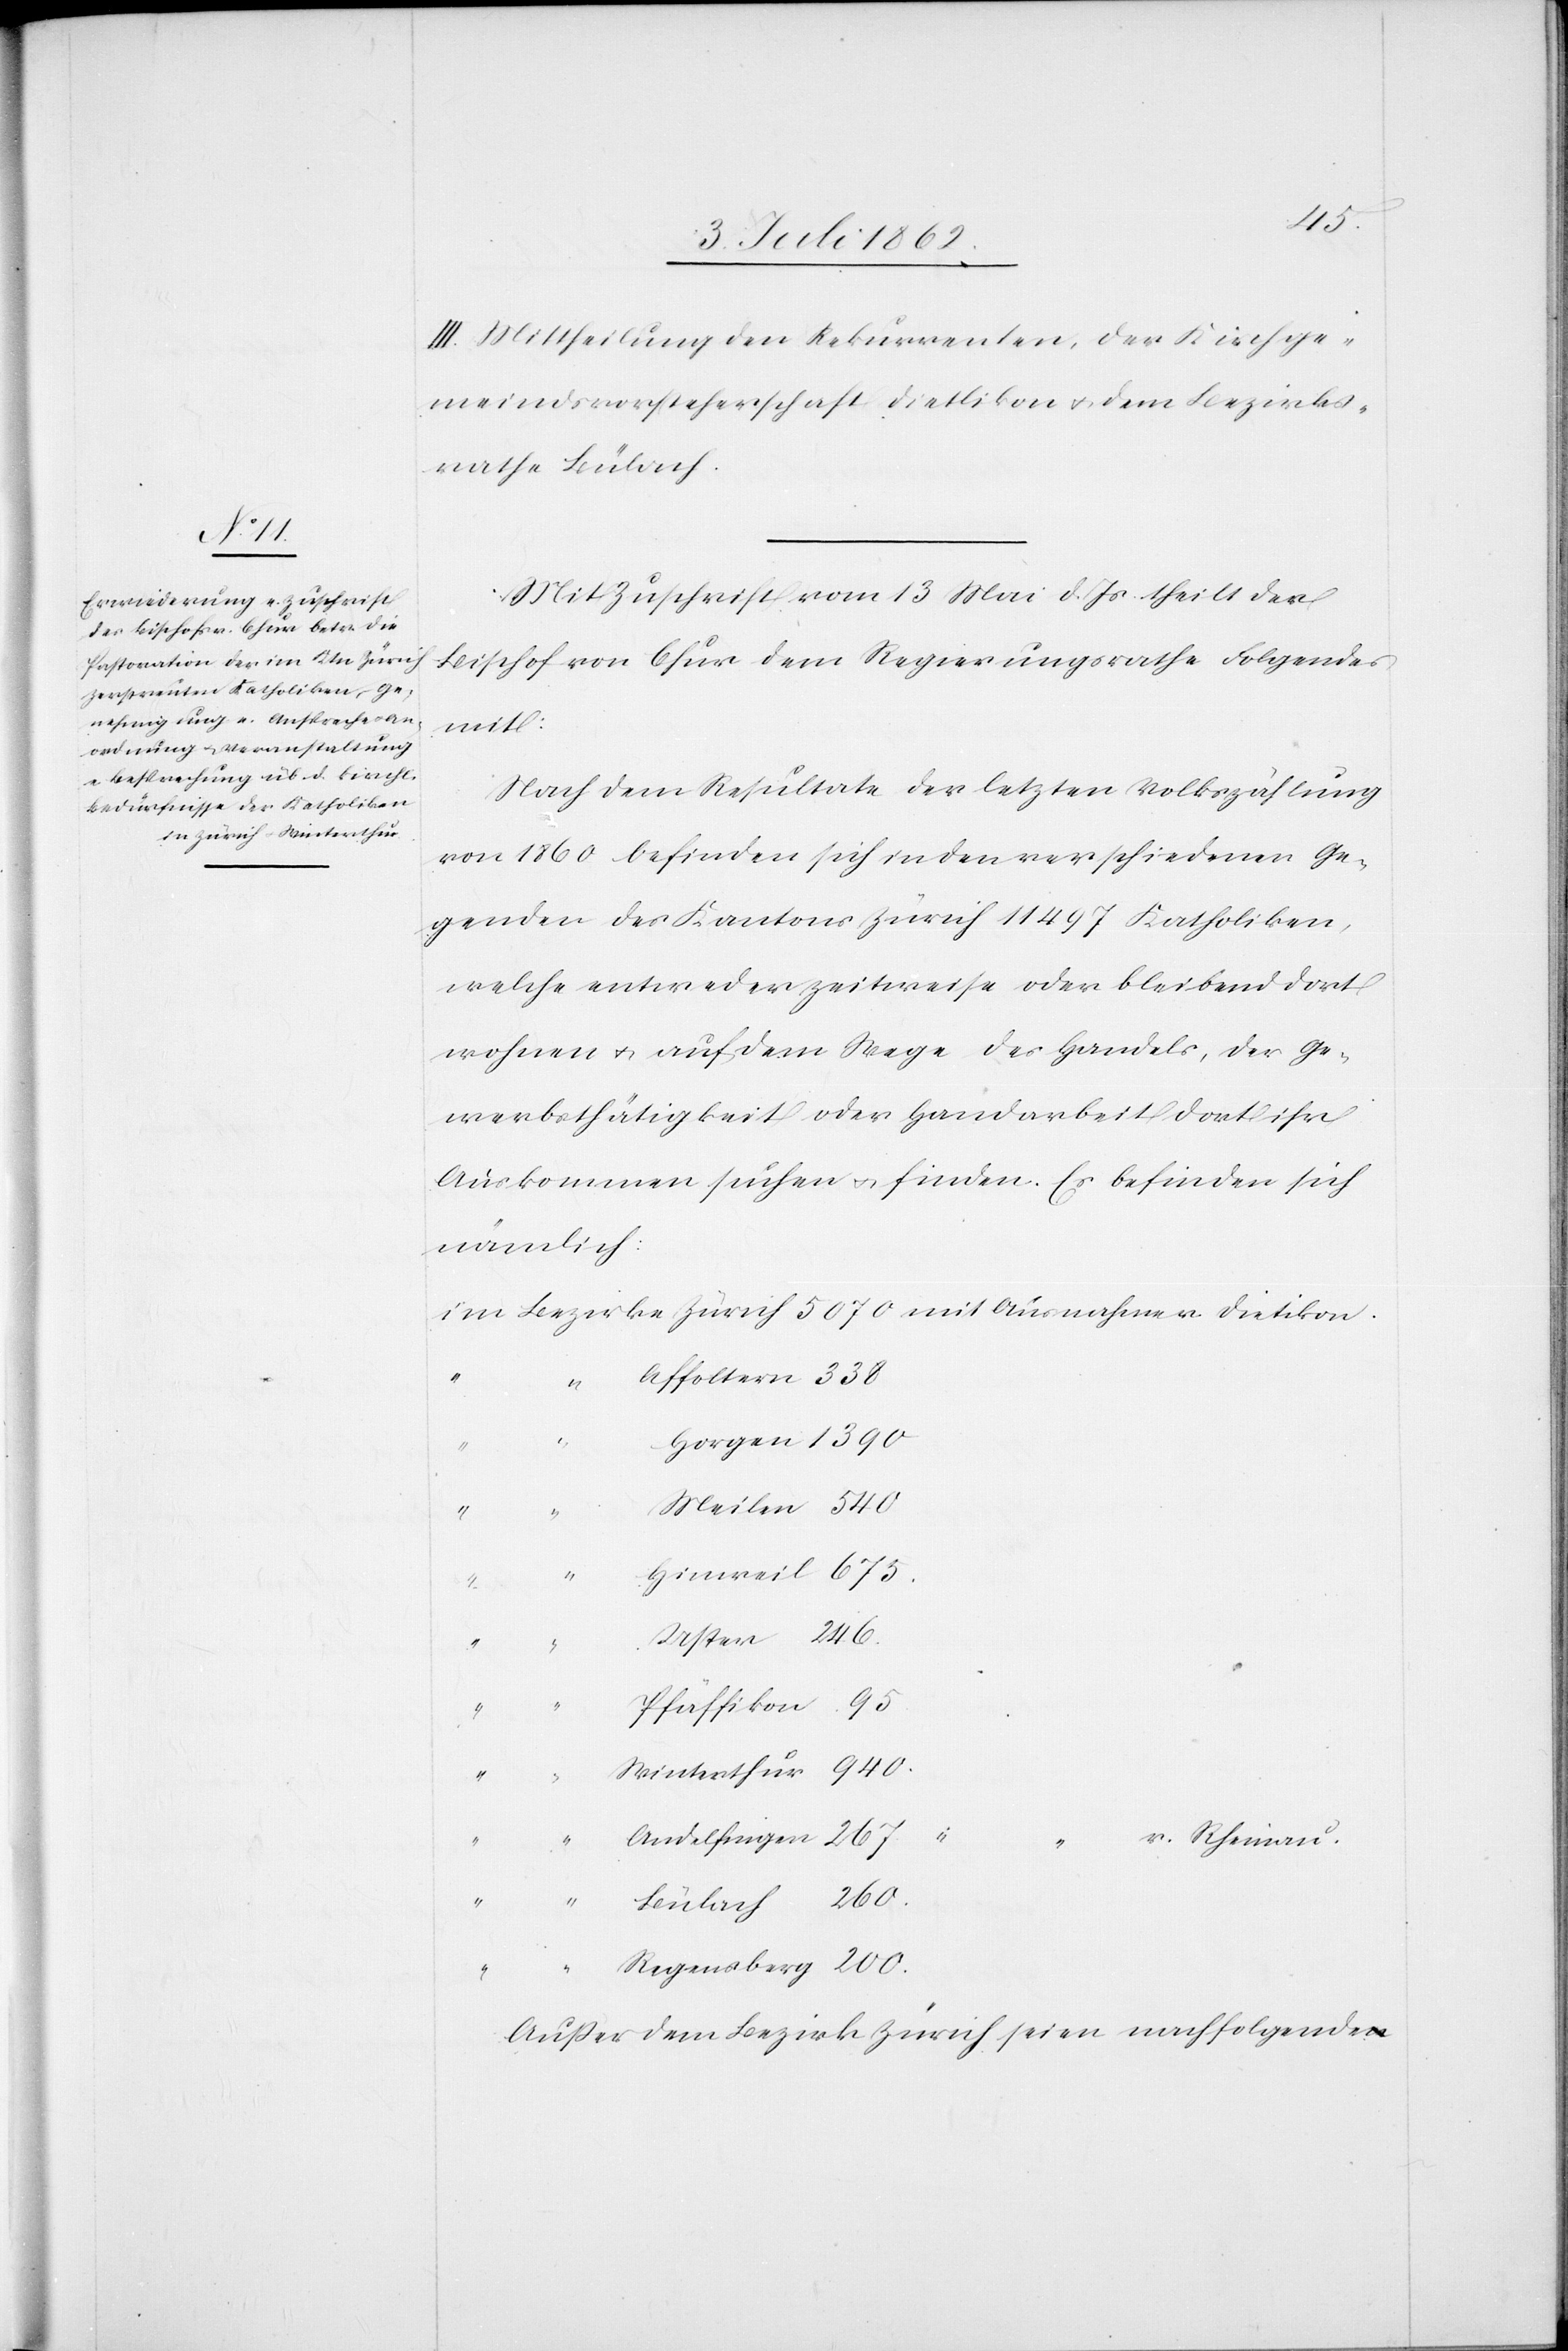
III. Mittheilung den Rekurrenten, der Kirchge¬
meindsvorsteherschaft Dietlikon u. dem Bezirks¬
rathe Bülach.